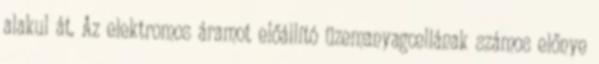
alakul át. Az elektromos áramot előállító üzemanyagcellának számos előnye